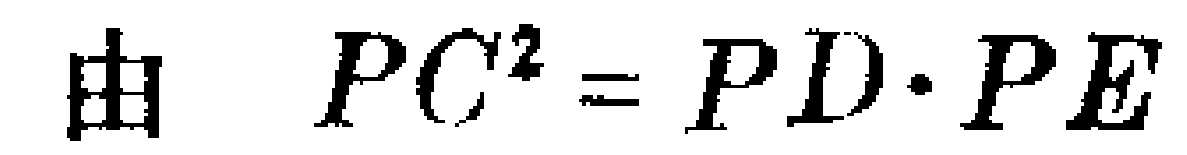
由 \(PC^{2} = PD\cdot PE\)